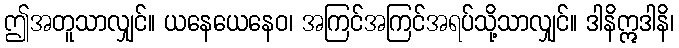
ဤအတူသာလျှင်။ ယနေယေနေဝ၊ အကြင်အကြင်အရပ်သို့သာလျှင်။ ဒါနိဣဒါနိ၊